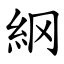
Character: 䋄